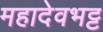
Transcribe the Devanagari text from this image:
महादेवभट्ट